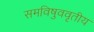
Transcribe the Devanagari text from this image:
समविषुववृतीय